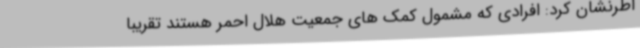
اطرنشان کرد: افرادی که مشمول کمک های جمعیت هلال احمر هستند تقریبا